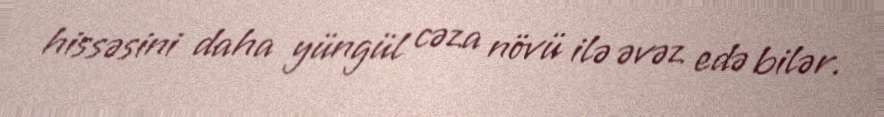
hissəsini daha yüngül cəza növü ilə əvəz edə bilər.